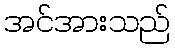
အင်အားသည်